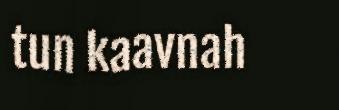
tun kaavnah